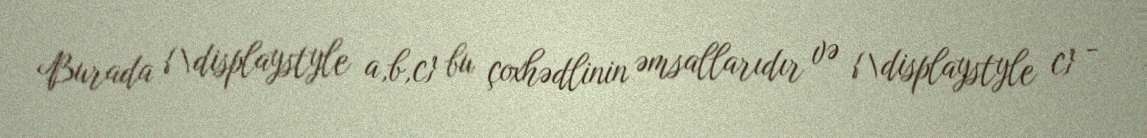
Burada {\displaystyle a,b,c} bu çoxhədlinin əmsallarıdır və {\displaystyle c} -